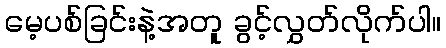
မေ့ပစ်ခြင်းနဲ့အတူ ခွင့်လွှတ်လိုက်ပါ။